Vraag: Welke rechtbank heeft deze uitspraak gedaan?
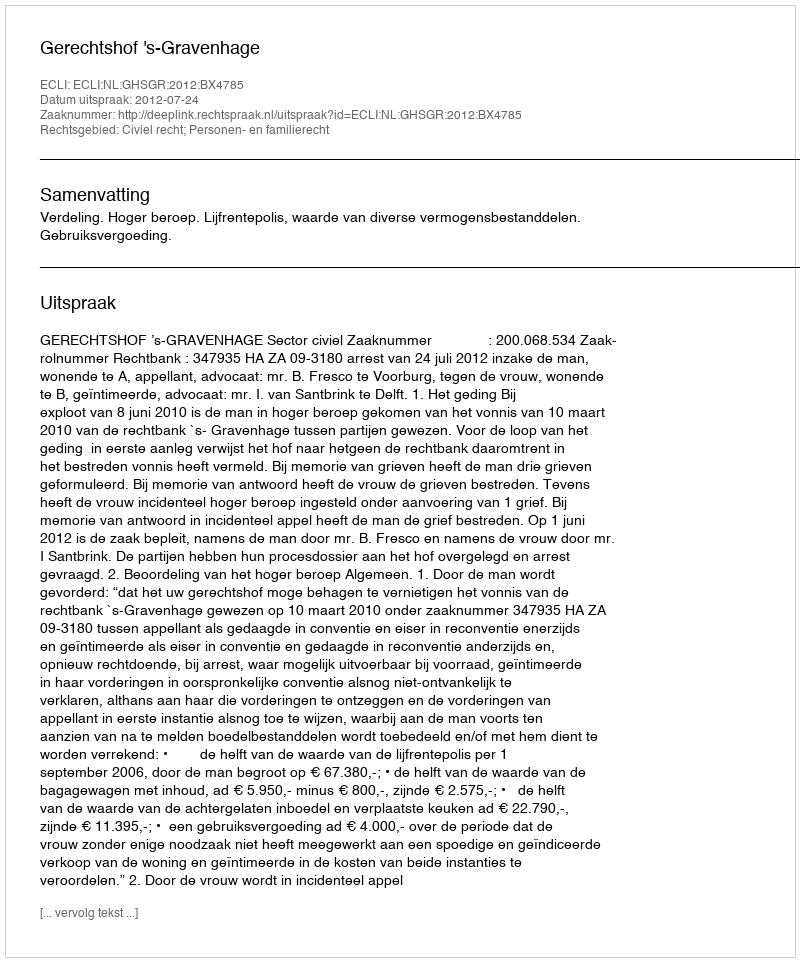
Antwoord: Gerechtshof 's-Gravenhage